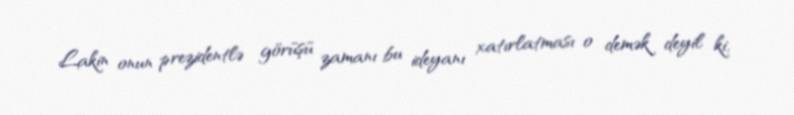
Lakin onun prezidentlə görüşü zamanı bu ideyanı xatırlatması o demək deyil ki,